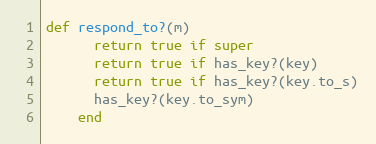
Language: Ruby
def respond_to?(m)
      return true if super
      return true if has_key?(key)
      return true if has_key?(key.to_s)
      has_key?(key.to_sym)
    end